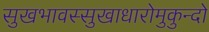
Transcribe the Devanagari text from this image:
सुखभावस्सुखाधारोमुकुन्दो